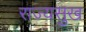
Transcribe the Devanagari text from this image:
राज्यसुख